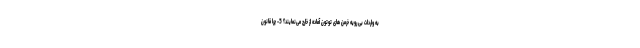
به واردات بی رویه خرمن های توتون آماده از خارج می‌نمایند؟ 5- چرا قانون